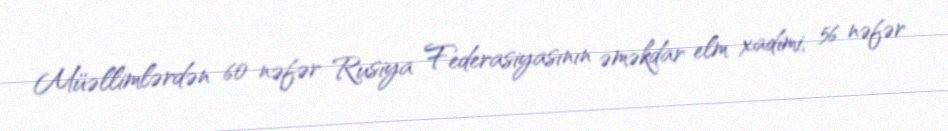
Müəllimlərdən 60 nəfər Rusiya Federasiyasının əməkdar elm xadimi, 56 nəfər